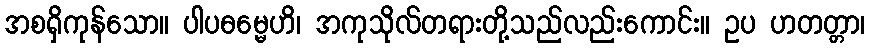
အစရှိကုန်သော။ ပါပဓမ္မေဟိ၊ အကုသိုလ်တရားတို့သည်လည်းကောင်း။ ဥပ ဟတတ္တာ၊